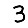
Digit: 3